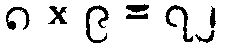
၈ × ၉ = ၇၂